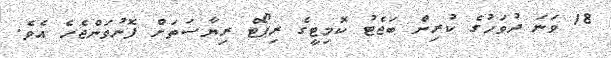
18 ވަނަ ދުވަހުގެ ކުރިން ބަޖެޓު ކޮމިޓީގެ ރިޕޯޓް ރިޔާސަތަށް ފޮނުވަންޖެހެ އެވެ.